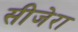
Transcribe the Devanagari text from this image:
सीजेरा